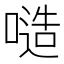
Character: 𠻛